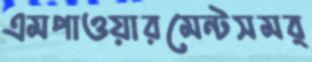
এমপাওয়ারমেন্টসমর্